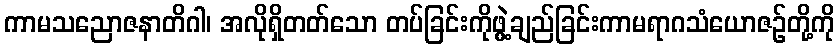
ကာမသညောဇနာတိဂါ၊ အလိုရှိတတ်သော တပ်ခြင်းကိုဖွဲ့ချည်ခြင်းကာမရာဂသံယောဇဉ်တို့ကို